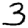
Digit: 3